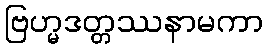
ဗြဟ္မဒတ္တဿနာမကာ